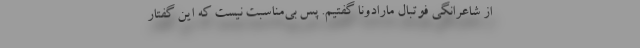
از شاعرانگی فوتبال مارادونا گفتیم. پس بی‌مناسبت نیست که این گفتار